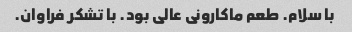
با سلام. طعم ماکارونی عالی بود. با تشکر فراوان.